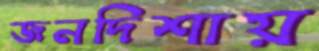
জনদিশায়